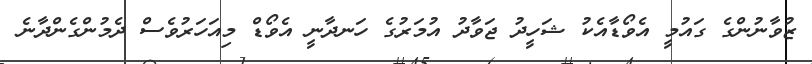
ޒުވާނުންގެ ގައުމީ އެވޯޑާއެކު ޝަހީދު ޖަވާދު އުމަރުގެ ހަނދާނީ އެވޯޑް މިއަހަރުވެސް ދެމުންގެންދާނެ